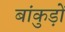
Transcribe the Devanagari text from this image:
बांकुड़ों